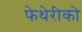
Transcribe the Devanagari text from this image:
फेथेरीको